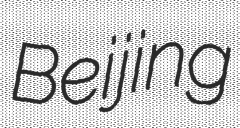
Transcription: Beijing